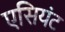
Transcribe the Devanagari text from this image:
एसियंट